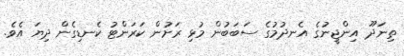
ތިނަދޫ އިންޖީނުގެ އެނދުމުގެ ސަބަބުން މުޅި ރަށުން ކަރަންޓު ކެނޑިގެން ދިޔަ އެވެ.